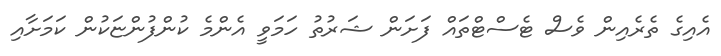
އެއިގެ ތެރެއިން ވެސް ޓެސްޓްތައް ފަށަން ޝަރުތު ހަމަވީ އެންމެ ކުންފުންޏަކުން ކަމަށާއި